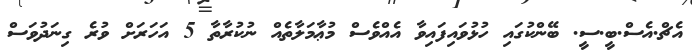
އެޗް.އެސް.ބީ.ސީ. ބޭންކުގައި ހުޅުވައިފައިވާ އެއްވެސް މުޢާމަލާތެއް ނުކުރާތާ 5 އަހަރަށް ވުރެ ގިނަދުވަސް